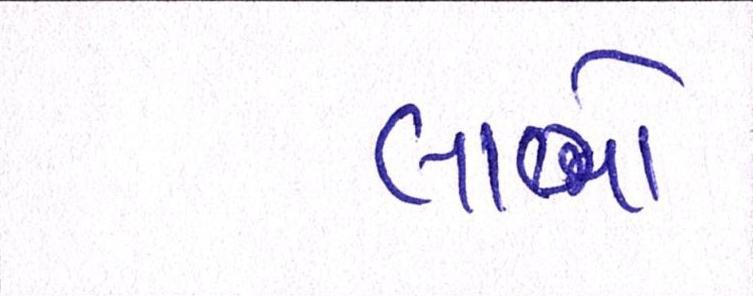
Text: લાભો